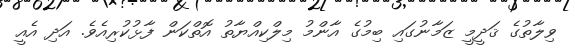
ވިލާތުގެ ޤަދީމީ ޒަމާނުގައި ބިމުގެ އާންމު މިލްކިއްޔާތު އޮތްކަން ފާޅުކުރިއެވެ. އަދި އެއީ